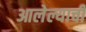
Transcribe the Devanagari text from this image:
आलेल्याची